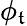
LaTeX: \phi_{\mathfrak{t}}